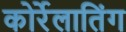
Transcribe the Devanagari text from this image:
कोर्रेलातिंग